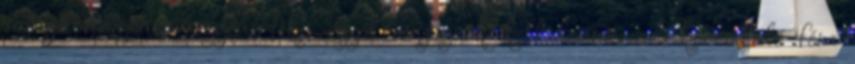
tulajdonságaiban egyenértékû egyéb anyagnak kell lennie. A korrodáló fém